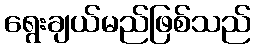
ရွေးချယ်မည်ဖြစ်သည်